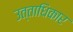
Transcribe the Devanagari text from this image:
उत्ताधिकार